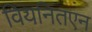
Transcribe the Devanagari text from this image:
वियनितएन